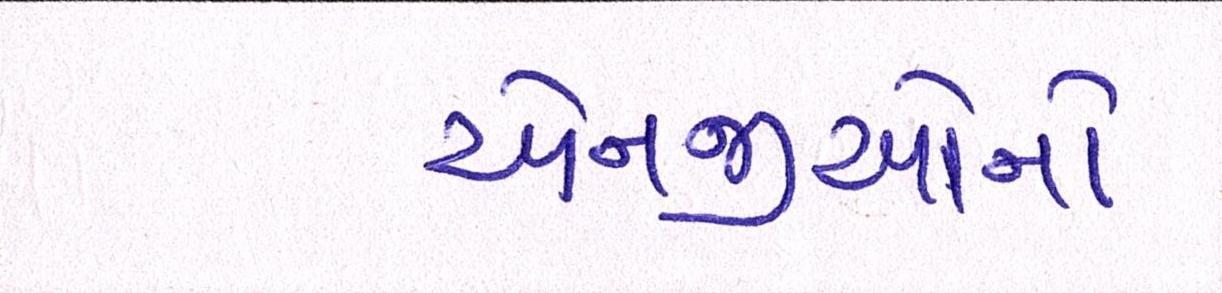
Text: એનજીઓનો